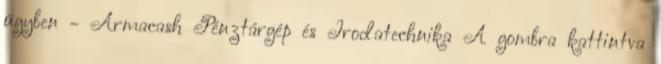
ügyben - Armacash Pénztárgép és Irodatechnika A gombra kattintva